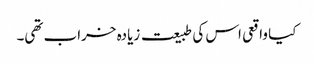
کیا واقعی اس کی طبیعت زیادہ خراب تھی۔